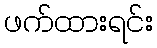
ဖက်ထားရင်း